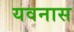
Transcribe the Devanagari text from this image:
यवनास